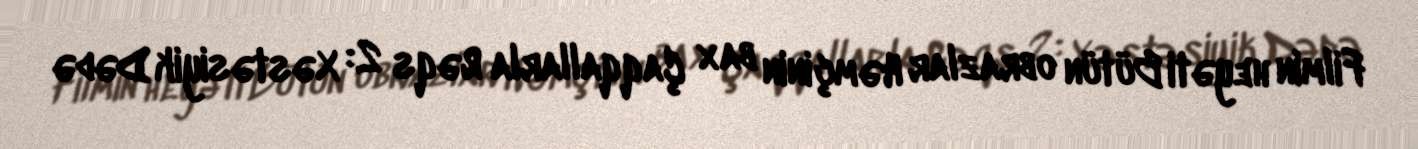
Filmin heyəti Bütün obrazlar Həmçinin bax Çaqqallarla Rəqs 2: Xəstəsiyik Dədə